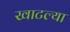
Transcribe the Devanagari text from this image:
खाटल्या